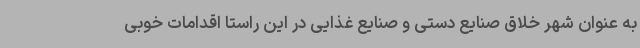
به عنوان شهر خلاق صنایع دستی و صنایع غذایی در این راستا اقدامات خوبی